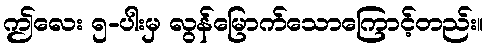
ဤလေး ၅-ပါးမှ လွန်မြောက်သောကြောင့်တည်း။